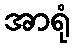
အာရုံ